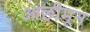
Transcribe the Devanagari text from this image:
आछीमून